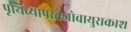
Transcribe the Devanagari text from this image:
पृथिव्यापस्तेजोवायुराकाश